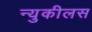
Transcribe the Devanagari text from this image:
न्युकीलस